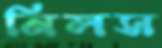
নিলস